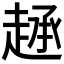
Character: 𫎷